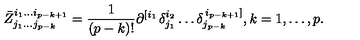
\bar { Z } _ { j _ { 1 } \ldots j _ { p - k } } ^ { i _ { 1 } \ldots i _ { p - k + 1 } } = \frac 1 { \left( p - k \right) ! } \partial _ { } ^ { \left[ i _ { 1 } \right. } \delta _ { j _ { 1 } } ^ { i _ { 2 } } \ldots \delta _ { j _ { p - k } } ^ { \left. i _ { p - k + 1 } \right] } , k = 1 , \ldots , p .